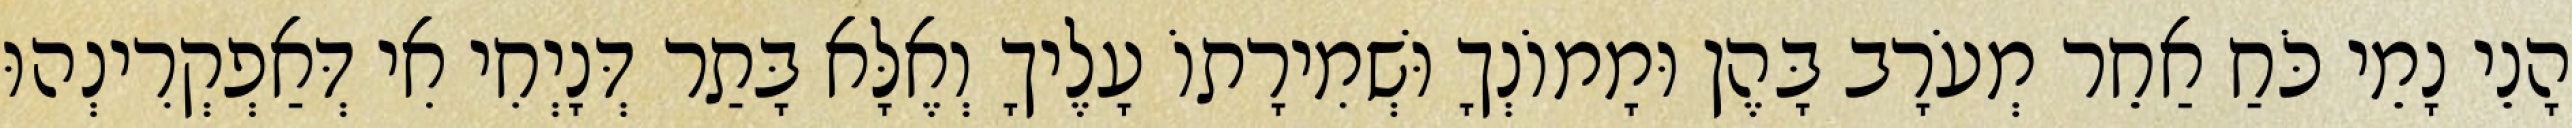
הָנֵי נָמֵי כֹּחַ אַחֵר מְעֹרָב בָּהֶן וּמָמוֹנְךָ וּשְׁמִירָתוֹ עָלֶיךָ וְאֶלָּא בָּתַר דְּנָיְחִי אִי דְּאַפְקְרִינְהוּ